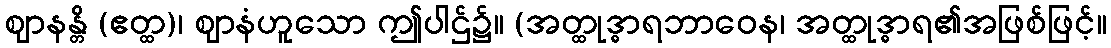
ဈာနန္တိ (ဧတ္ထ)၊ ဈာနံဟူသော ဤပါဌ်၌။ (အတ္ထုဒ္ဓာရဘာဝေန၊ အတ္ထုဒ္ဓာရ၏အဖြစ်ဖြင့်။